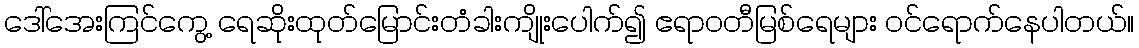
ဒေါ်အေးကြင်ကွေ့ ရေဆိုးထုတ်မြောင်းတံခါးကျိုးပေါက်၍ ဧရာဝတီမြစ်ရေများ ဝင်ရောက်နေပါတယ်။